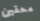
محقين